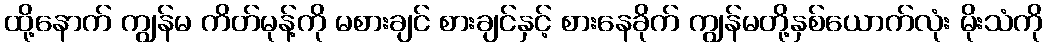
ထို့နောက် ကျွန်မ ကိတ်မုန့်ကို မစားချင် စားချင်နှင့် စားနေခိုက် ကျွန်မတို့နှစ်ယောက်လုံး မိုးသံကို